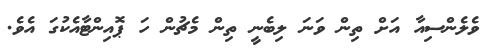
ވެލެންސިއާ އަށް ތިން ވަނަ ލިބެނީ ތިން މެޗުން ހަ ޕޮއިންޓާއެކުގަ އެވެ.